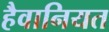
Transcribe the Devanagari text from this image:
हैवानियत